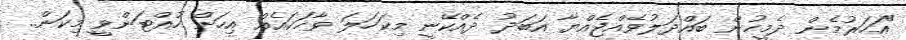
"އަހަރުމެން ދެމީހުން ބައްދަލުވެއްޖެއްޔާ އަބަދު ދެއްކޭނީ މިކަހަލަ ވާހަކައެއް އިހަށް ހުއްޓަންވީ މިކަން..